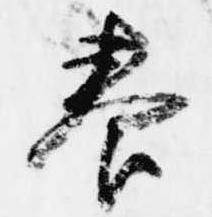
養